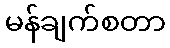
မန်ချက်စတာ